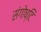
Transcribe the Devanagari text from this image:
संगोष्टि